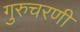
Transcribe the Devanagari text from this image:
गुरुचरणी